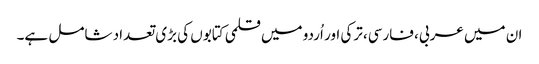
ان میں عربی، فارسی، ترکی اور اُردو میں قلمی کتابوں کی بڑی تعداد شامل ہے۔